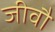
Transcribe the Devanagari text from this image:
जीवौ